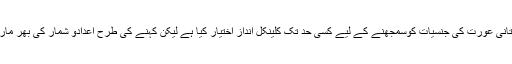
انیس ناگی نے پاکستانی عورت کی جنسیات کوسمجھنے کے لیے کسی حد تک کلینکل انداز اختیار کیا ہے لیکن کہنے کی طرح اعدادو شمار کی بھر مار سے گریز کیا ہے۔